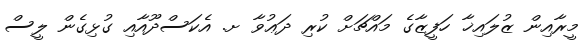
މީރާއިން ޒުލައިޚާ ހަފީޒާގެ މައްޗަށް ކުރި ދަޢުވާ ށ. އެކަސްދޫއާއި ގުޅިގެން ލީސް